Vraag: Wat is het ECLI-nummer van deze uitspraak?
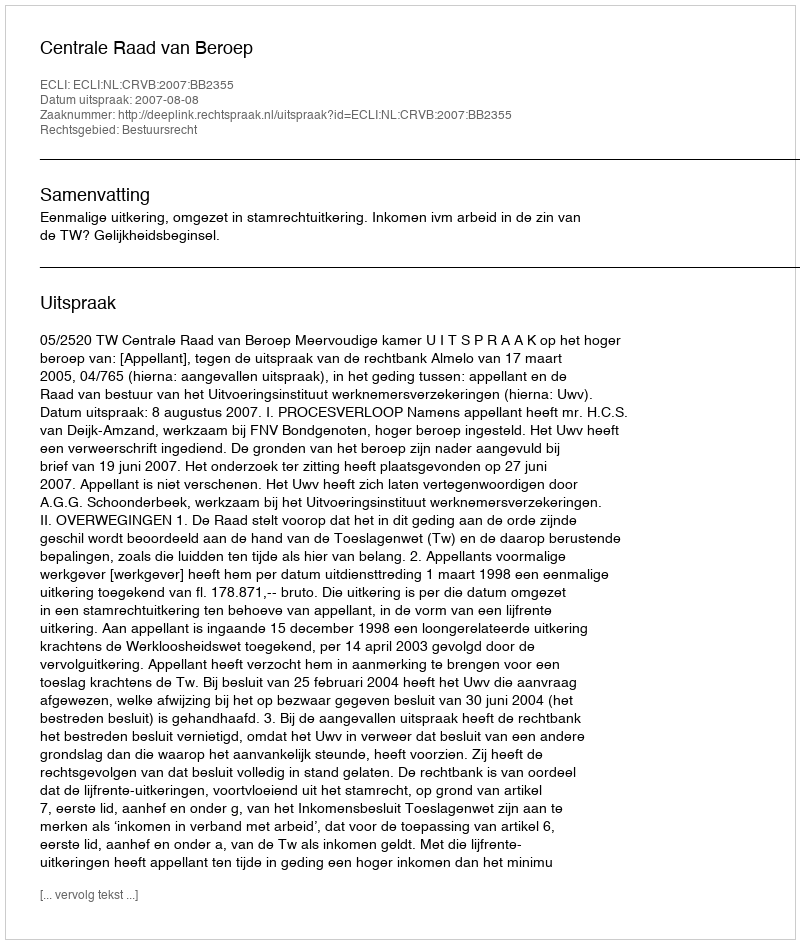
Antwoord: ECLI:NL:CRVB:2007:BB2355